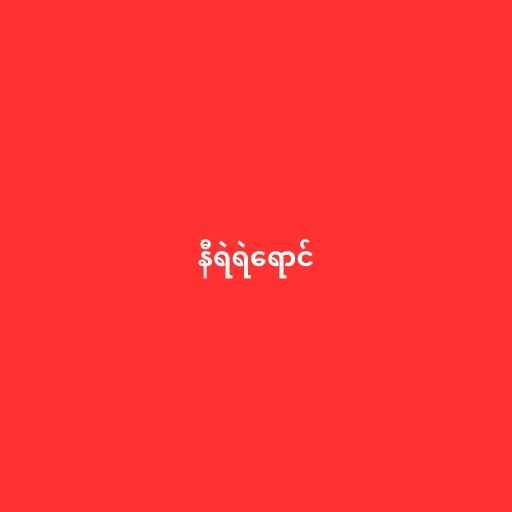
နီရဲရဲရောင်